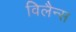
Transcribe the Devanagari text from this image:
विलैन्स